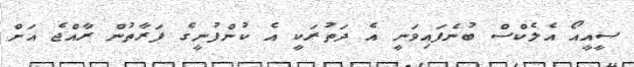
ސީއީއޯ އެލެކްސް ބުނެފައިވަނީ އެ ދަތުރަކީ އެ ކުންފުނީގެ ފަރާތުން ރާއްޖެ އަށް